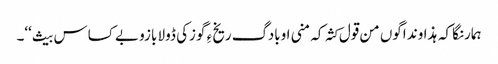
ہمارنگا کہ ہذاوند اگوں من قول کثہ کہ منی اوبادگ ریخ ءِ گوزکی ڈولا بازو بے کساس بیث‘‘۔